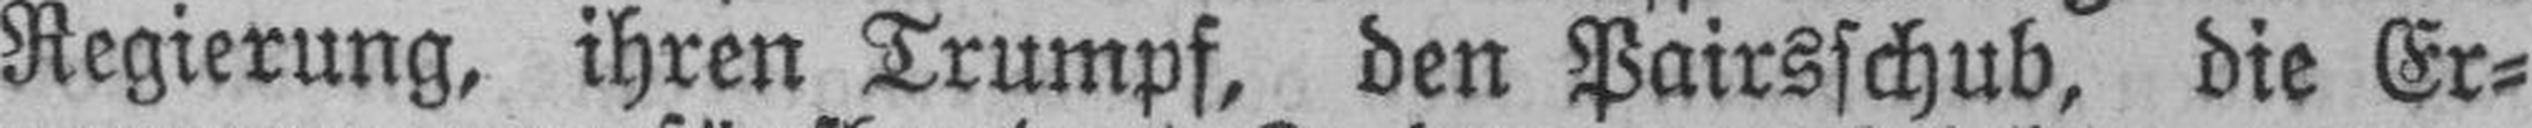
Regierung, ihren Trumpf, den Pairsschub, die Er¬